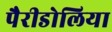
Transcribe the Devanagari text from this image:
पैरीडोलिया